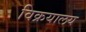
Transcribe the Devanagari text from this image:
विक्रयालय